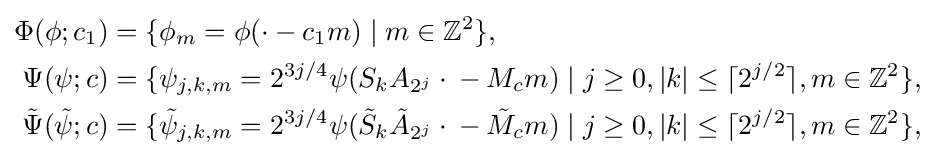
{\begin{aligned}\Phi (\phi ;c_{1})&=\{\phi _{m}=\phi (\cdot {}-c_{1}m)\mid m\in \mathbb {Z} ^{2}\},\\\Psi (\psi ;c)&=\{\psi _{j,k,m}=2^{3j/4}\psi (S_{k}A_{2^{j}}\cdot {}-M_{c}m)\mid j\geq 0,|k|\leq \lceil 2^{j/2}\rceil ,m\in \mathbb {Z} ^{2}\},\\{\tilde {\Psi }}({\tilde {\psi }};c)&=\{{\tilde {\psi }}_{j,k,m}=2^{3j/4}\psi ({\tilde {S}}_{k}{\tilde {A}}_{2^{j}}\cdot {}-{\tilde {M}}_{c}m)\mid j\geq 0,|k|\leq \lceil 2^{j/2}\rceil ,m\in \mathbb {Z} ^{2}\},\end{aligned}}